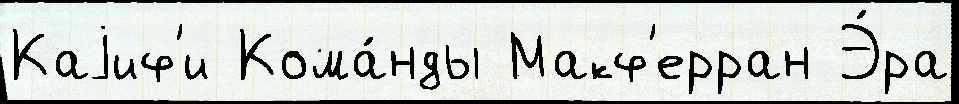
Каjиф'и Кома́нды Макф'ерран Э́ра